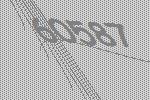
60587